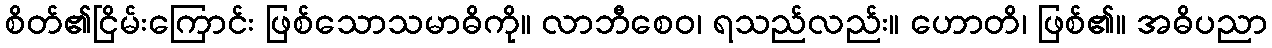
စိတ်၏ငြိမ်းကြောင်း ဖြစ်သောသမာဓိကို။ လာဘီစေဝ၊ ရသည်လည်း။ ဟောတိ၊ ဖြစ်၏။ အဓိပညာ